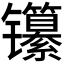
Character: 𬮃